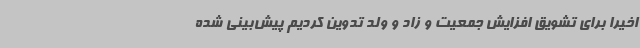
اخیرا برای تشویق افزایش جمعیت و زاد و ولد تدوین کردیم پیش‌بینی شده